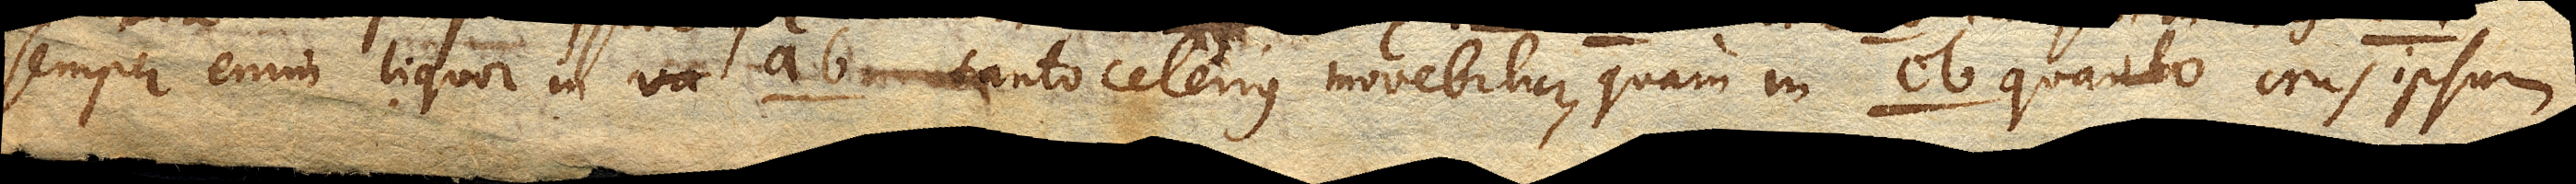
semper enim liquor in ab. tanto celerius movebitur, quam in cb. quanto crus ipsum